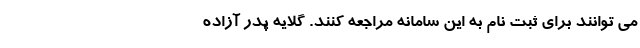
می توانند برای ثبت نام به این سامانه مراجعه کنند. گلایه پدر آزاده